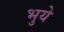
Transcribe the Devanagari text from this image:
भुये